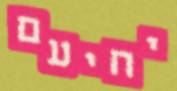
יחיעם